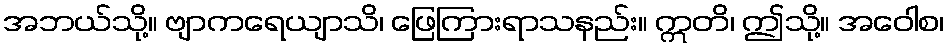
အဘယ်သို့။ ဗျာကရေယျာသိ၊ ဖြေကြားရာသနည်း။ ဣတိ၊ ဤသို့။ အဝေါစ၊